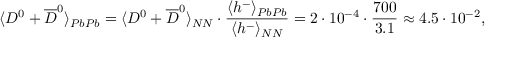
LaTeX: \langle D ^ { 0 } + \overline { { { D } } } ^ { 0 } \rangle _ { P b P b } = \langle D ^ { 0 } + \overline { { { D } } } ^ { 0 } \rangle _ { N N } \cdot \frac { \langle h ^ { - } \rangle _ { P b P b } } { \langle h ^ { - } \rangle _ { N N } } = 2 \cdot 1 0 ^ { - 4 } \cdot \frac { 7 0 0 } { 3 . 1 } \approx 4 . 5 \cdot 1 0 ^ { - 2 } ,